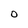
Character: O